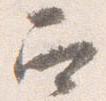
召